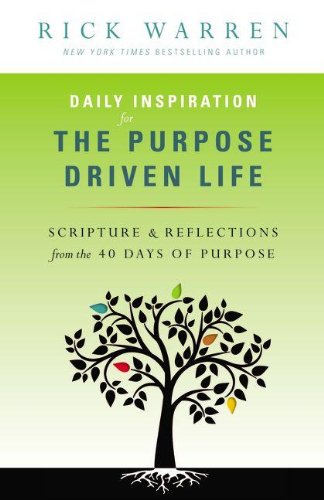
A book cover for Daily Inspiration for the Purpose Driven Life: Scriptures and Reflections from the 40 Days of Purpose; Rick Warren; Religion & Spirituality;